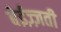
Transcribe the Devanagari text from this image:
बेईज़्ज़ती